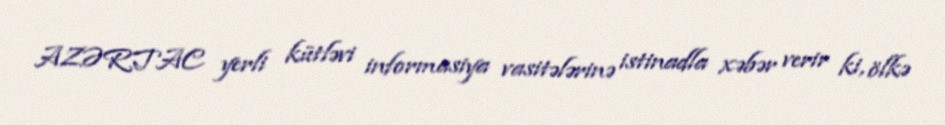
AZƏRTAC yerli kütləvi informasiya vasitələrinə istinadla xəbər verir ki, ölkə